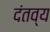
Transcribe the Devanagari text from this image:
दंतव्य